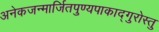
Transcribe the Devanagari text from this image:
अनेकजन्मार्जितपुण्यपाकाद्गुरोस्तु